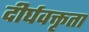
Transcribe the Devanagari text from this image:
दीर्घवक्तृता